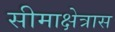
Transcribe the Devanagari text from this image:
सीमाक्षेत्रास